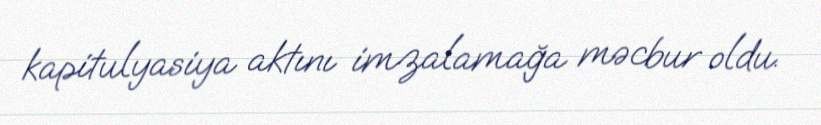
kapitulyasiya aktını imzalamağa məcbur oldu.